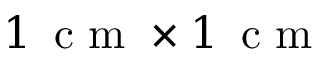
1 \, \mathrm { ~ c ~ m ~ } \times 1 \, \mathrm { ~ c ~ m ~ }